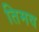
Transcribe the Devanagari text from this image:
तिमव